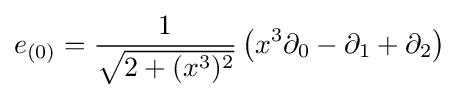
e_{(0)}={\frac {1}{\sqrt {2+(x^{3})^{2}}}}\left(x^{3}\partial _{0}-\partial _{1}+\partial _{2}\right)